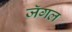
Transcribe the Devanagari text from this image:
जॅगल